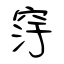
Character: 窏